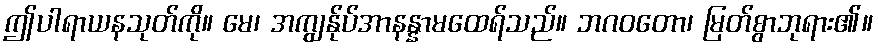
ဤပါရာယနသုတ်ကို။ မေ၊ အကျွန်ုပ်အာနန္နာမထေရ်သည်။ ဘဂဝတော၊ မြတ်စွာဘုရား၏။